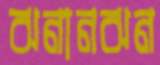
ঝনানঝন